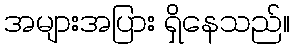
အများအပြား ရှိနေသည်။